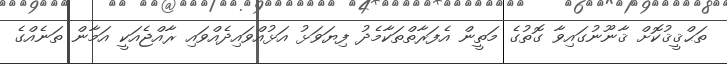
ތަޙްޤީޤުކޮށް ޤާނޫނުގައިވާ ގޮތުގެ މަތީން އެފަރާތްތަކާމެދު ފިޔަވަޅު އަޅުއްވައިދެއްވައި ރާއްޖެއަކީ އަމާން ތަނެއްގެ